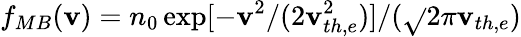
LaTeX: f_{MB}(\mathbf{v})=n_{0}\exp[-\mathbf{v}^{2}/(2\mathbf{v}_{th,e}^{2})]/(\sqrt{}{{2\pi}}\mathbf{v}_{th,e})